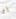
أن